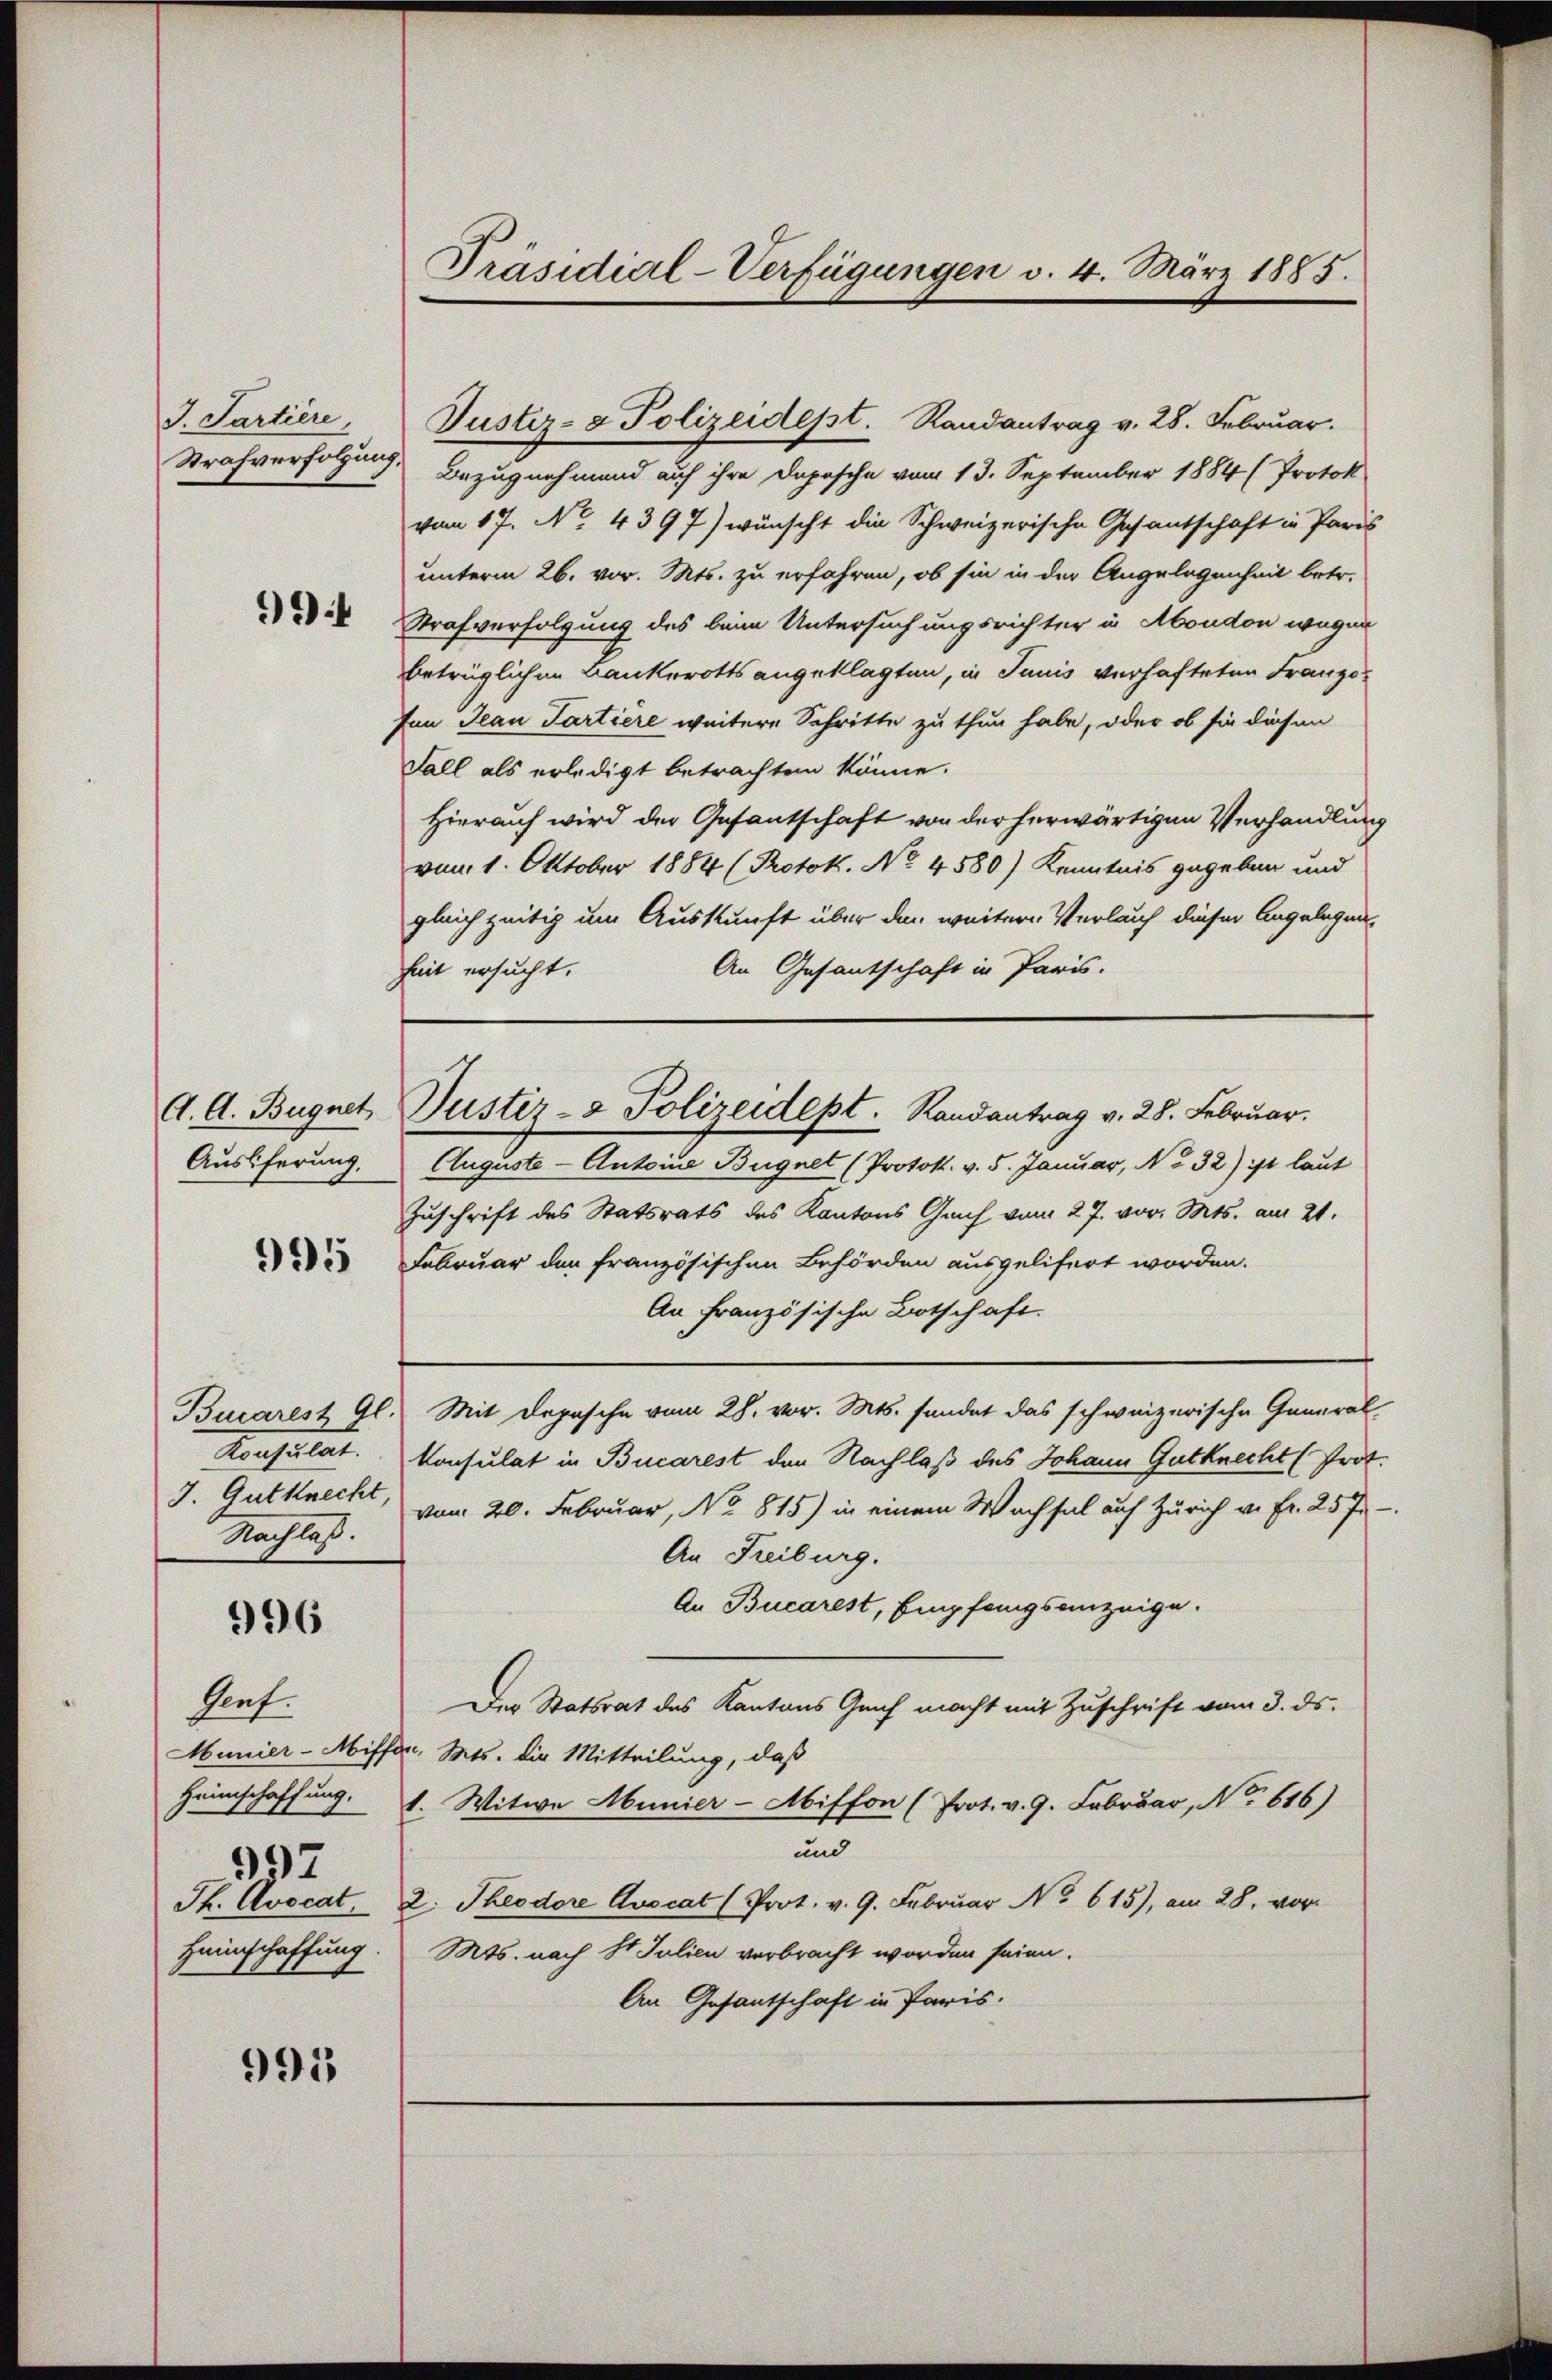
J. Partiere,
Strafverfolgung

)

A. A. Bugnet
Auslieferung.

995

Bucarest Gl.
Konsultat.
J. Gutknecht,
Nachlass.

996

Auf.
Munier-Niff
Heimschaffung.
997
Ph. Avocat.
Heimschaffung.

995

Präsidial-Verfügungen v. 4. März 1885.

Justiz- & Polizeidept. Randantrag v. 28. Februar.
Bezugnehmend auf ihre Depesche vom 13. September 1884 (Protok
vom 17. No. 4397) wünscht die Schweizerische Gesantschaft in Paris
unterm 26. vor. Mts. zu erfahren, ob sie in der Angelegenheit betr.
Strafverfolgung des beim Untersuchungsrichter in Moudon wegen
betrüglichen Bankerotts angeklagten, in Junis verhafteten Franzoton Jean Partiere weitere Schritte zu thun habe, oder ob sie diesen
Fall als erledigt betrachten könne.
Hierauf wird der Gesantschaft von der herwärtigen Verhandlung
vom 1. Oktober 1884 (Protok. No. 4580) Kenntnis gegeben und
gleich zeitig um Auskunft über den weitere Verlauf dieser Angelegen
An Gesantschaft in Paris.
heit ersucht.
Auguste - Antoine Bugnet (Protok. v. 5. Januar, No 32) ist laut
Zuschrift des Statsrats des Kantons Graf vom 27. vor. Mts. am 21.
Februar den französischen Behörden ausgelifert worden.
An Französische Botschaft.
Mit Depesche vom 28. vor. Mts. sendet das schweizerische Generalkonsulat in Bucarest den Nachlaß des Johann Gutknecht (Prot.
vom 20. Februar, No 815) in einem Wachsal auf Zürich v. Fr. 25 f.
An Freiburg.
An Bucarest, Empfangsanzeige.
Der Statsrat des Kantons Genf macht mit Zuschrift vom 3. ds.
u. Mts. die Mitteilung, daß
1. Witwe Munier-Abiffon (Prot. v. 9. Februar, No. 616)
und
2. Theodore Avocat (Prot. v. 9. Februar No 615), am 28. vor
Mts. nach St. Julien verbracht worden seien.
An Gesantschaft in Paris.

Justiz- & Polizeidept. Randantrag v. 28. Februar.